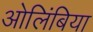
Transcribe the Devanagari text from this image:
ओलिंबिया